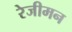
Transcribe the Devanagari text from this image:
रेजीमन